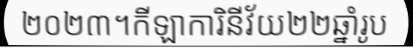
២០២៣។កីឡាការិនីវ័យ២២ឆ្នាំរូប